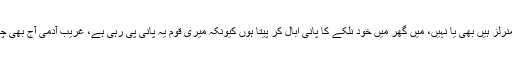
دیکھنا ہو گا کہ منرل واٹر میں منرلز ہیں بھی یا نہیں، میں گھر میں خود نلکے کا پانی ابال کر پیتا ہوں کیونکہ میری قوم یہ پانی پی رہی ہے، غریب آدمی آج بھی چھپڑ کا پانی پینے پر مجبور ہے۔